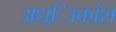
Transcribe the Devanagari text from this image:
अध्ािकांश